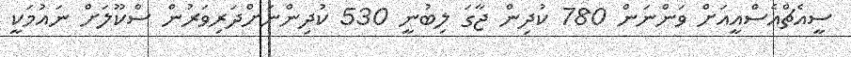
ސީއެޗްއެސްއީއަށް ވަންނަން 780 ކުދިން ޖާގަ ލިބުނީ 530 ކުދިންނަށްދަރިވަރުން ސްކޫލަށް ނައުމަކީ